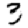
Digit: 3